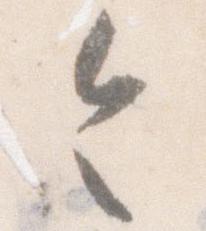
令